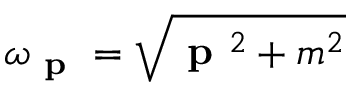
\omega _ { \textbf { p } } = { \sqrt { { \textbf { p } } ^ { 2 } + m ^ { 2 } } }